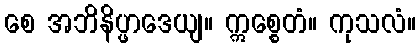
စေ အဘိနိပ္ဖာဒေယျ။ ဣစ္စေတံ။ ကုသလံ။